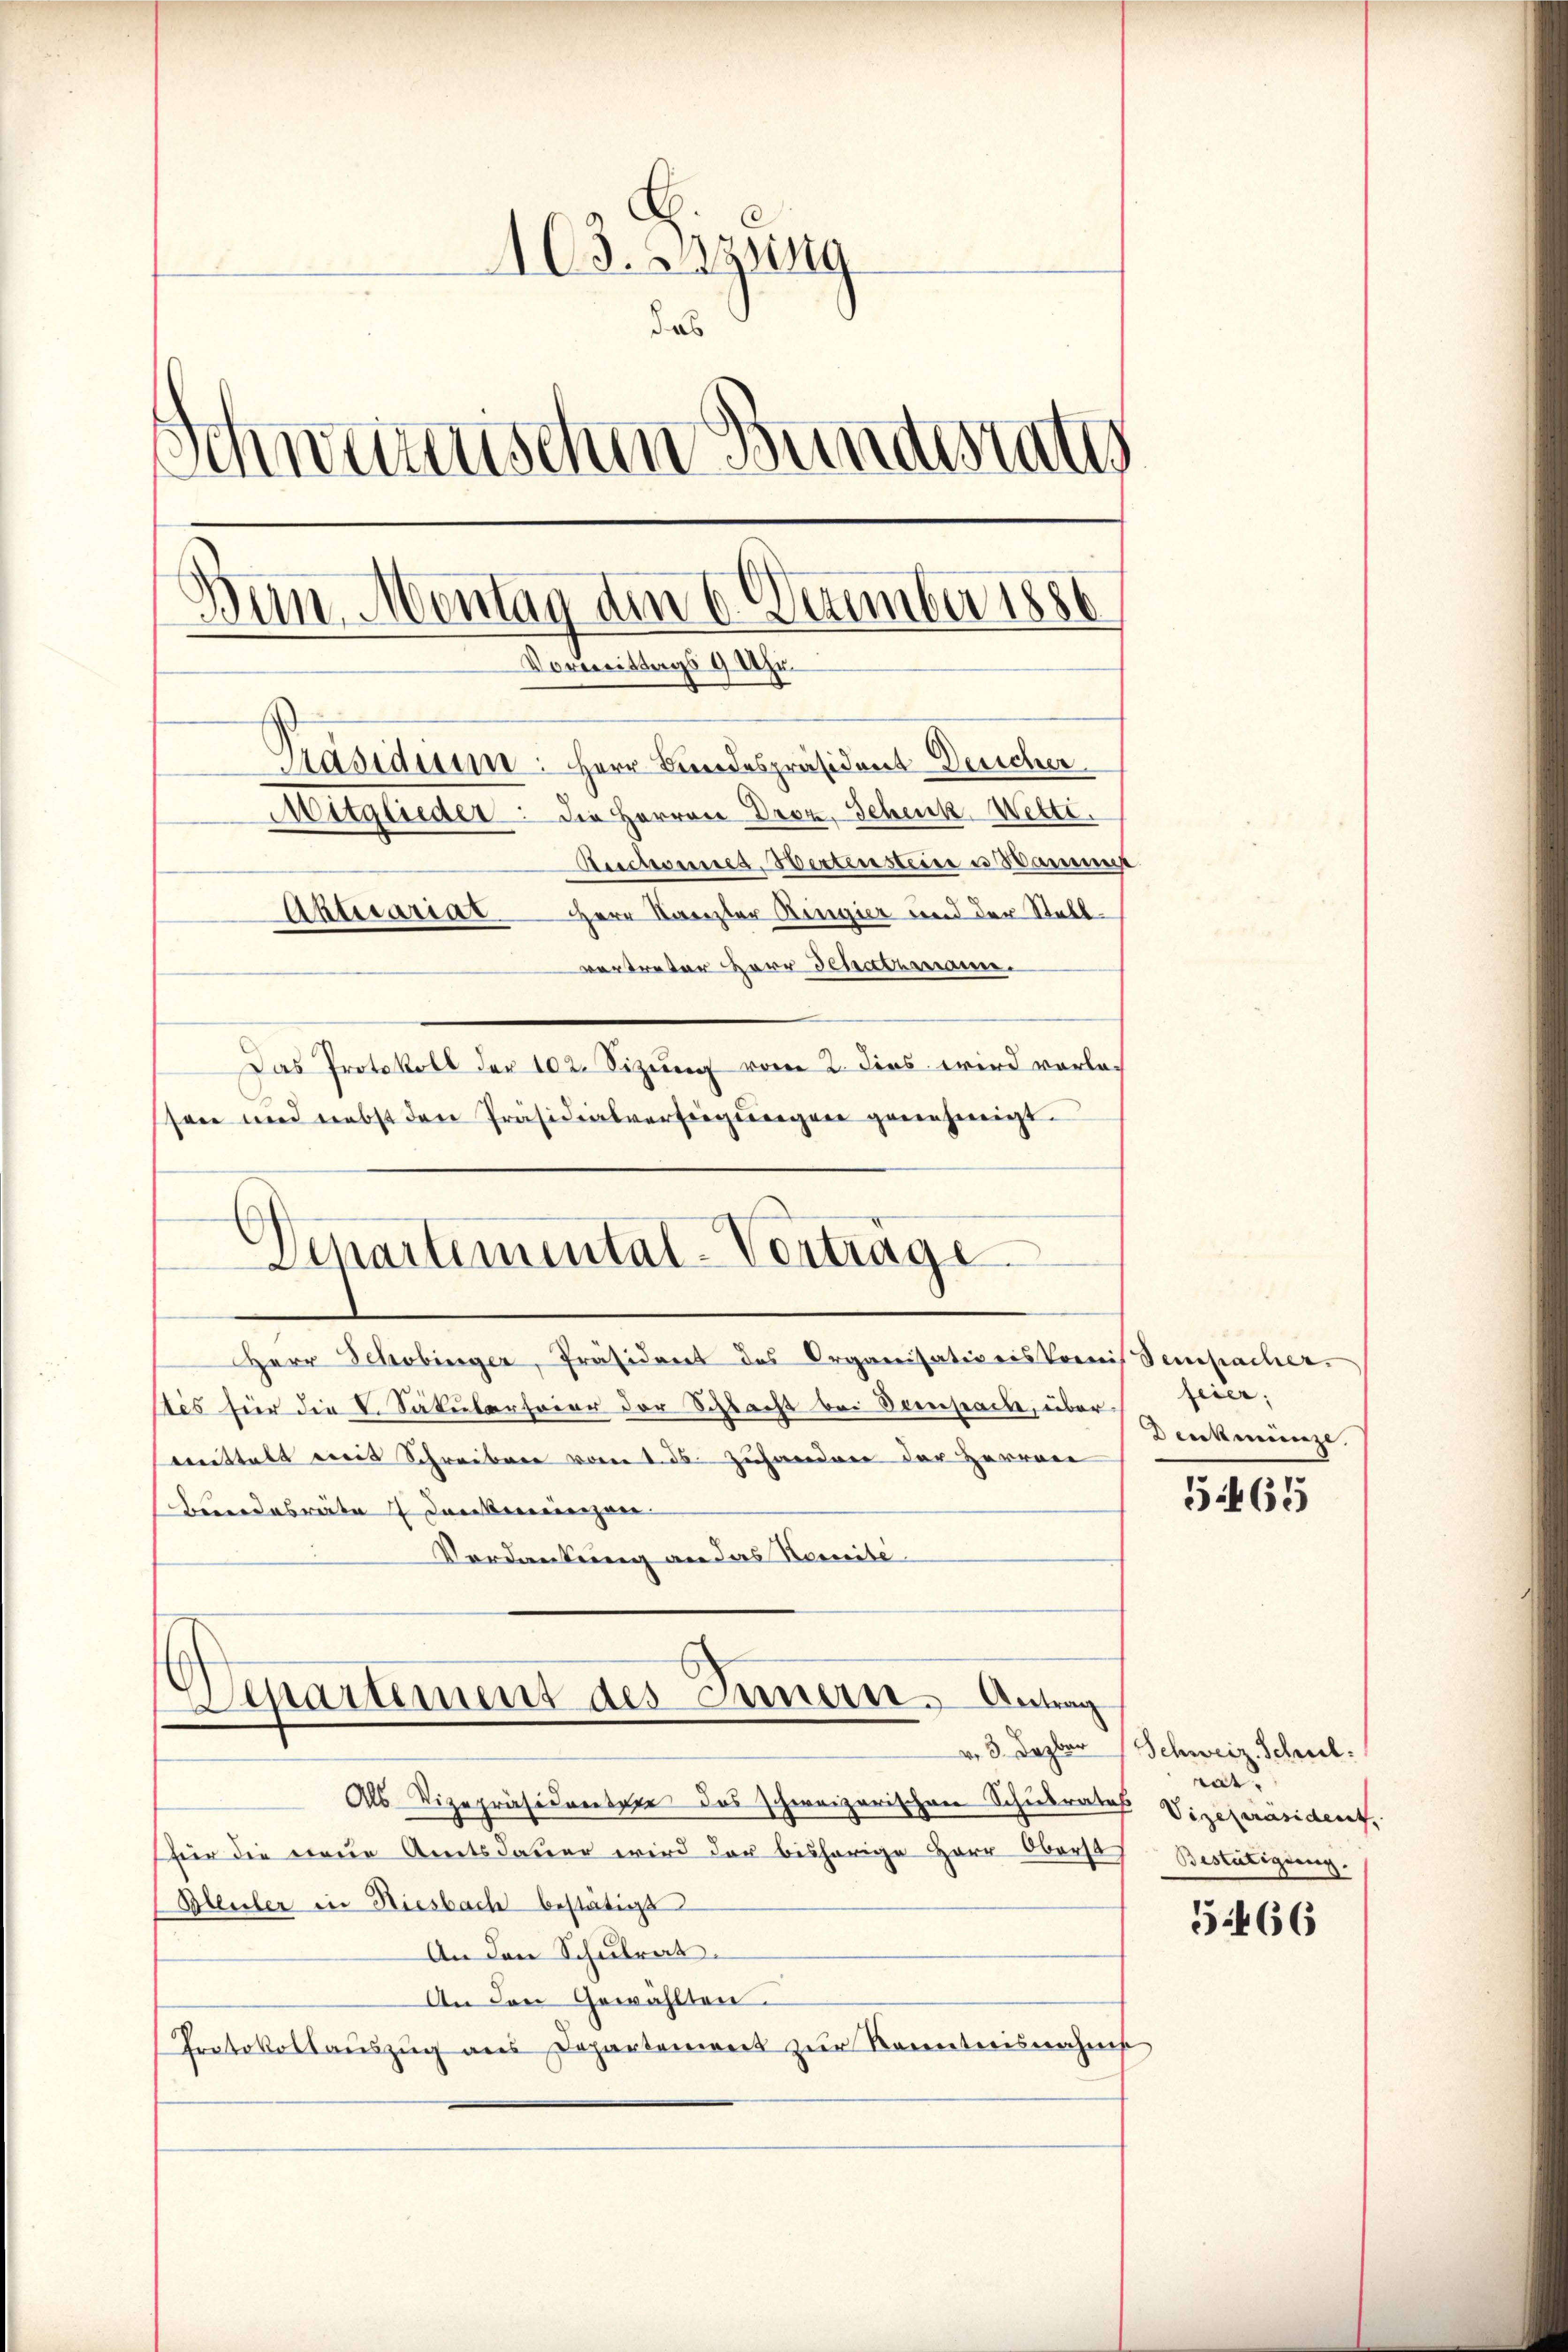
103. Bzung
das
Schweizerischen Bundestatt
Ban, Montag am 6. Dezember 1886
Vormittags 9 Uhr
Präsidium: Herr Bundespräsident Duscher
Muglieder. Die Herren Dron, Schenk Wetti.
Auctorises, Wertensteine es Hammer
Herr Kanzler Ringier und der Stall¬
Aktuariat
vertreter Herr Schatzmann.
Das Protokoll der 102. Sizung vom 2. dies wird vorlasoie und nebst den Präsidialverfügungen genehmigt.

Herr Schobinger, Präsident des Organisatio eis Prenis Sempacher.
Des für die V. Säkularfeier der Schlacht bei Sempach, über¬
Bittelt mit Schreiben vom 1. ds. zuhandner der Herren
Bundesräte 7 Juckereinzen
Vordankung an das Nomité
Separtement des Innern. Antrag
Als Vizepräsidenter das schweizerischen Schulrates Vizepräsident,
für die neue Amtsdauer wird der bisherige Herr Oberst
Bleuler in Riesbach bestätigt
An den Schulrat.
An den Gewählten.
Protokollauszug aus Departement zur Kenntnisnahms

Departimental-Vertrage

feier,
Denkmünze

5465

v. 3. Dezbar Schweiz. Schul
rar.
Bestätigung.

5466